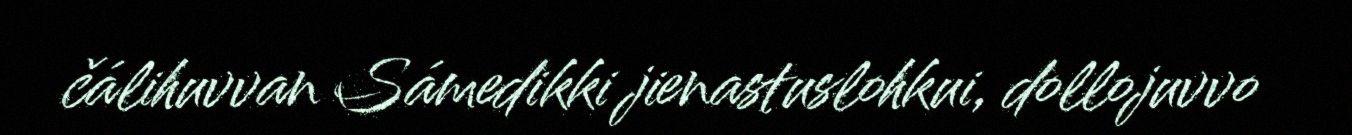
čálihuvvan Sámedikki jienastuslohkui, dollojuvvo